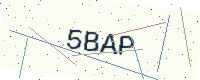
Text: 5BAP